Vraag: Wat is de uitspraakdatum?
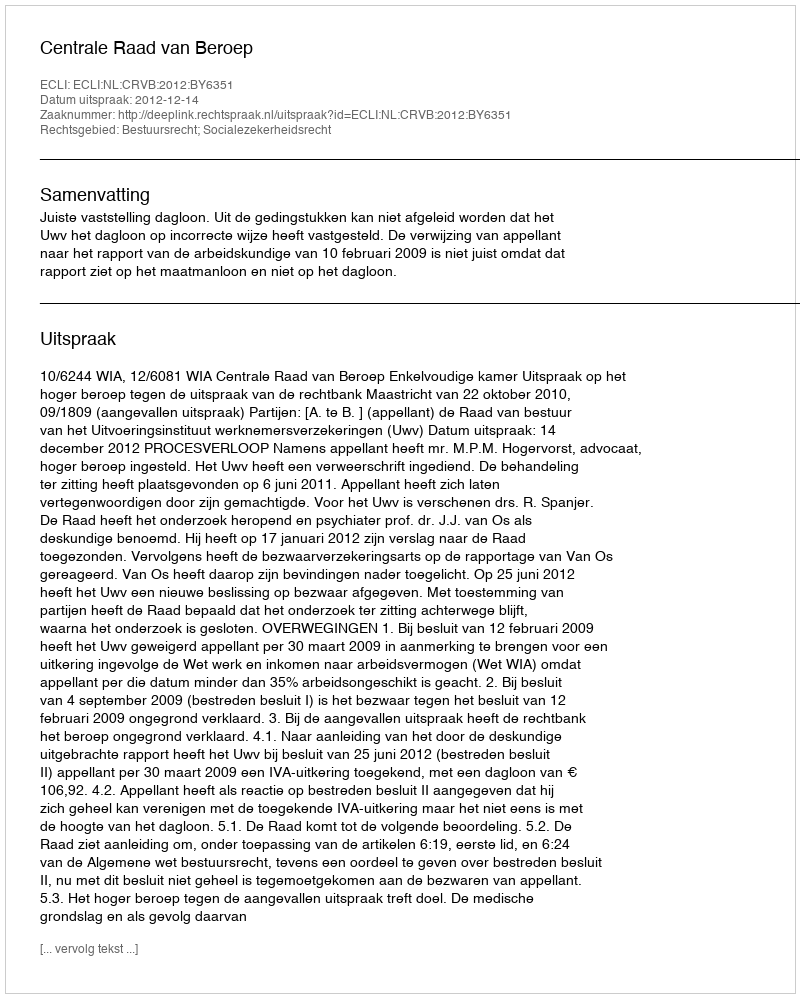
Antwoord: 2012-12-14